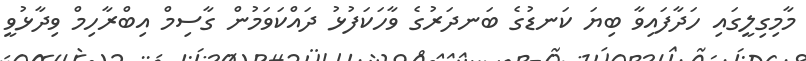
މާމިގިލީގައި ހަދާފައިވާ ބިޔަ ކަނޑުގެ ބަނދަރުގެ ވާހަކަފުޅު ދައްކަވަމުން ގާސިމް އިބްރާހިމް ވިދާޅުވީ